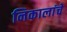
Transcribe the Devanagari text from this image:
निकालांचे